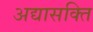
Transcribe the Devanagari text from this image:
अद्यासक्ति